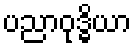
ပညာဝုဒ္ဓိယာ